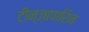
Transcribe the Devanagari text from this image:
टीन्ज़ापारिन